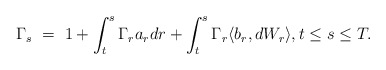
\begin{align*}\Gamma_s \ = \ 1 + \int_t^s \Gamma_r a_r dr + \int_t^s \Gamma_r\langle b_r,dW_r\rangle, t \leq s \leq T.\end{align*}